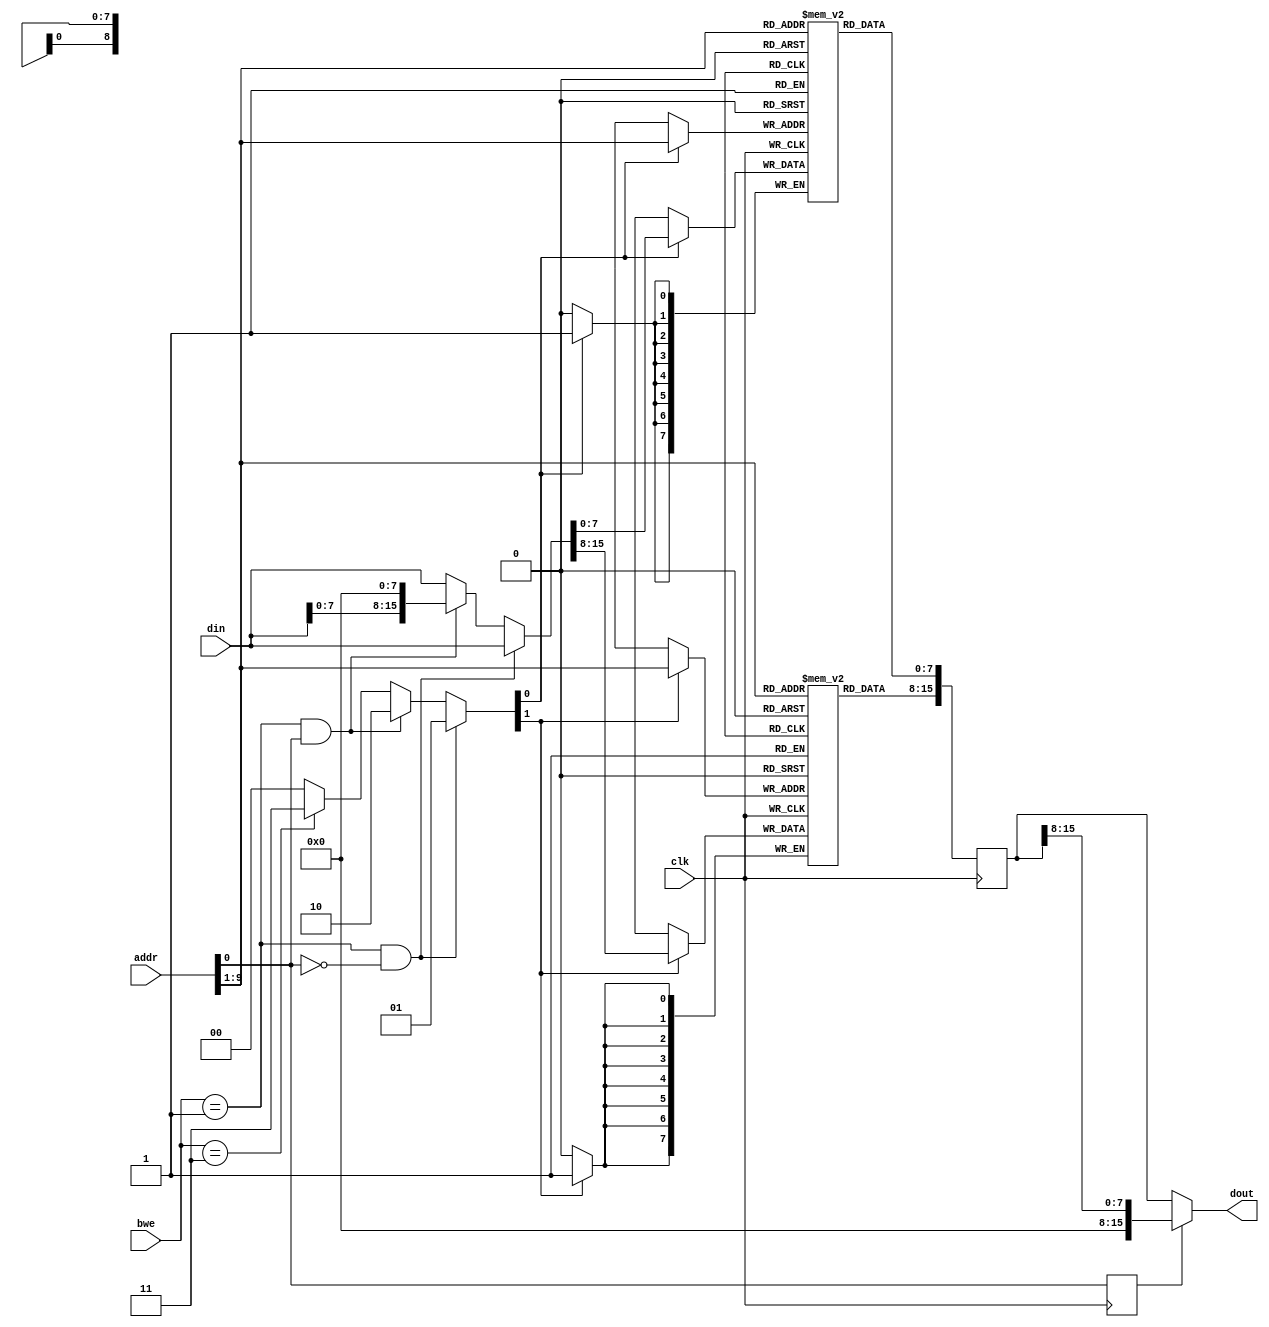
`default_nettype none

module cozy_memory_sim (
    input wire clk,
    input wire [15:0] addr,
    input wire [15:0] din,
    input wire [1:0] bwe,
    output wire [15:0] dout
);

reg [1:0] int_bwe;
reg [15:0] int_din;
reg [15:0] int_dout;

reg latched_addr_0;
always @(posedge clk)
    latched_addr_0 <= addr[0];

always @(*) begin
    if (bwe == 2'b01 && addr[0] == 0) begin
        int_bwe = 2'b01;
        int_din = din;
    end else if (bwe == 2'b01 && addr[0] == 1) begin
        int_bwe = 2'b10;
        int_din = { din[7:0], 8'b0 };
    end else if (bwe == 2'b11) begin
        int_bwe = 2'b11;
        int_din = din;
    end else begin
        int_bwe = 2'b00;
        int_din = din;
    end
end

reg [7:0] ram_hi [511:0], ram_lo [511:0];
always @(posedge clk) begin
    if (int_bwe[1]) ram_hi[addr[9:1]] <= int_din[15:8];
    if (int_bwe[0]) ram_lo[addr[9:1]] <= int_din[7:0];
    int_dout <= { ram_hi[addr[9:1]], ram_lo[addr[9:1]] };
end

assign dout = latched_addr_0 ? { 8'b0, int_dout[15:8] } : { int_dout[15:0] };

endmodule